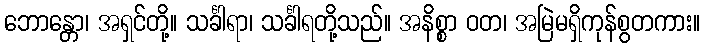
ဘောန္တော၊ အရှင်တို့။ သင်္ခါရာ၊ သင်္ခါရတို့သည်။ အနိစ္စာ ဝတ၊ အမြဲမရှိကုန်စွတကား။